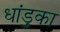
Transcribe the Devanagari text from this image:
धांडुका